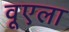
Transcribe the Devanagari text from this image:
वूएला